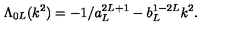
\Lambda _ { 0 L } ( k ^ { 2 } ) = - 1 / a _ { L } ^ { 2 L + 1 } - b _ { L } ^ { 1 - 2 L } k ^ { 2 } .